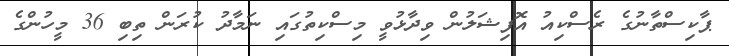
ޕާކިސްތާނުގެ ރެސްކިއު އޮފިޝަލުން ވިދާޅުވީ މިސްކިތުގައި ނަމާދު ކުރަން ތިބި 36 މީހުންގެ